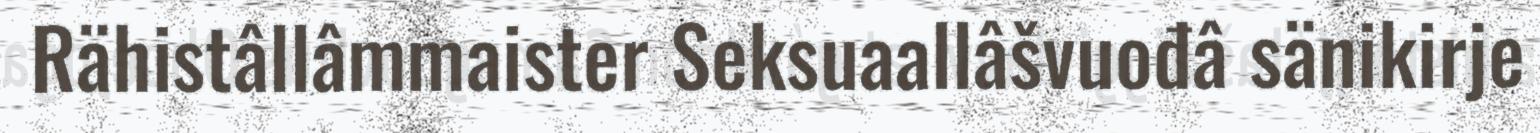
Rähistâllâmmaister Seksuaallâšvuođâ sänikirje